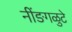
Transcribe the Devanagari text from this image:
नींङगळुटे